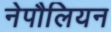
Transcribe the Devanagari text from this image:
नेपौलियन